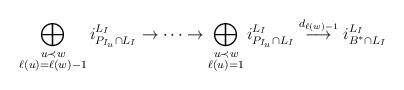
LaTeX: \begin{align*}\bigoplus_{\substack{u\prec w\\ \ell(u)=\ell(w)-1}}i_{P_{I_u}\cap L_I}^{L_I}\to\cdots \to \bigoplus_{\substack{u\prec w\\ \ell(u)=1}}i_{P_{I_{u}}\cap L_I}^{L_I}\overset{d_{\ell(w)-1}}{\longrightarrow} i_{B^*\cap L_I}^{L_I}\end{align*}